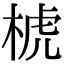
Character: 椃